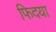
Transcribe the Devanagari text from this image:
फिदया